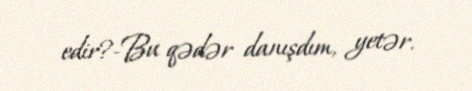
edir?-Bu qədər danışdım, yetər.